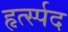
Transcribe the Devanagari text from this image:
हृर्त्स्पद